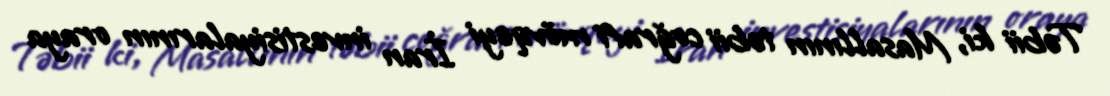
Təbii ki, Masallının təbii coğrafi mövqeyi İran investisiyalarının oraya